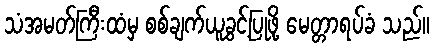
သံအမတ်ကြီးထံမှ စစ်ချက်ယူခွင့်ပြုဖို့ မေတ္တာရပ်ခံ သည်။